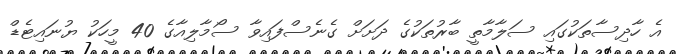
އެ ހާދިސާތަކުގައި ސަލާމާތީ ބާރުތަކުގެ ދަށަށް ގެނެސްފައިވާ ސޯމާލިއާގެ 40 މީހަކު ޔުނައިޓެޑް